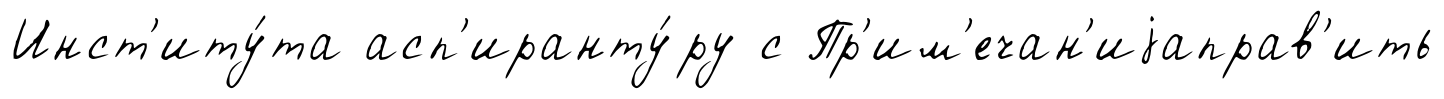
Инст'иту́та асп'иранту́ру с Пр'им'ечан'иjаправ'ить